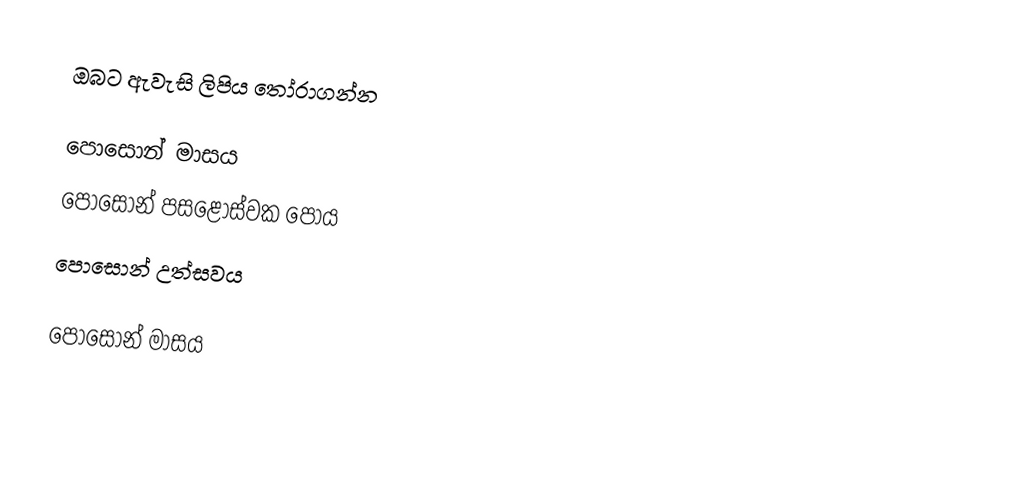
ඔබට ඇවැසි ලිපිය තෝරාගන්න

 පොසොන් මාසය
 පොසොන් පසළොස්වක පෝය
 පොසොන් උත්සවය

පොසොන් මාසය